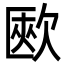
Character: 㰼